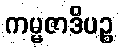
ကမ္မဇာဒိပဉ္စ